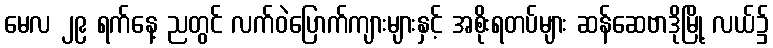
မေလ ၂၉ ရက်နေ့ ညတွင် လက်ဝဲပြောက်ကျားများနှင့် အစိုးရတပ်များ ဆန်ဆေဗာဒိုမြို့ လယ်၌